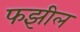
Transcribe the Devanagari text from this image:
फझील